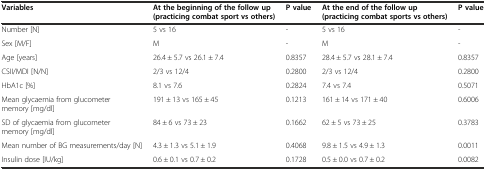
| Variables | At the beginning of the follow up (practicing combat sport vs others) | P value | At the end of the follow up (practicing combat sports vs others) | P value |
 | --- | --- | --- | --- | --- |
 | Number [N] | 5 vs 16 | - | 5 vs 16 | - |
 | Sex [M/F] | M | - | M | - |
 | Age [years] | 26.4 ± 5.7 vs 26.1 ± 7.4 | 0.8357 | 28.4 ± 5.7 vs 28.1 ± 7.4 | 0.8357 |
 | CSII/MDI [N/N] | 2/3 vs 12/4 | 0.2800 | 2/3 vs 12/4 | 0.2800 |
 | HbA1c [%] | 8.1 vs 7.6 | 0.2824 | 7.4 vs 7.4 | 0.5071 |
 | Mean glycaemia from glucometer memory [mg/dl] | 191 ± 13 vs 165 ± 45 | 0.1213 | 161 ± 14 vs 171 ± 40 | 0.6006 |
 | SD of glycaemia from glucometer memory [mg/dl] | 84 ± 6 vs 73 ± 23 | 0.1662 | 62 ± 5 vs 73 ± 25 | 0.3783 |
 | Mean number of BG measurements/day [N] | 4.3 ± 1.3 vs 5.1 ± 1.9 | 0.4068 | 9.8 ± 1.5 vs 4.9 ± 1.3 | 0.0011 |
 | Insulin dose [IU/kg] | 0.6 ± 0.1 vs 0.7 ± 0.2 | 0.1728 | 0.5 ± 0.0 vs 0.7 ± 0.2 | 0.0082 |